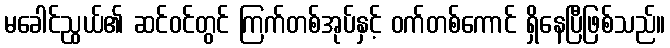
မခေါင်ညွယ်၏ ဆင်ဝင်တွင် ကြက်တစ်အုပ်နှင့် ဝက်တစ်ကောင် ရှိနေပြီဖြစ်သည်။